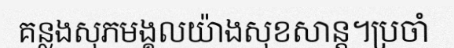
គន្លងសុភមង្គលយ៉ាងសុខសាន្ត។ប្រចាំ